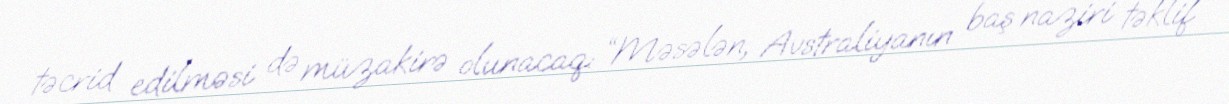
təcrid edilməsi də müzakirə olunacaq: “Məsələn, Avstraliyanın baş naziri təklif